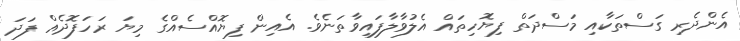
އެންދެރި ގަސްތަކާއި މަސްދަތް ފިޔޮހިތައް އެލުވާލާފައިވާތަނެވެ. އެއިން ފިޔޮއްސެއްގެ މިޔަ ރަހަފޮދެއް ފަދަ